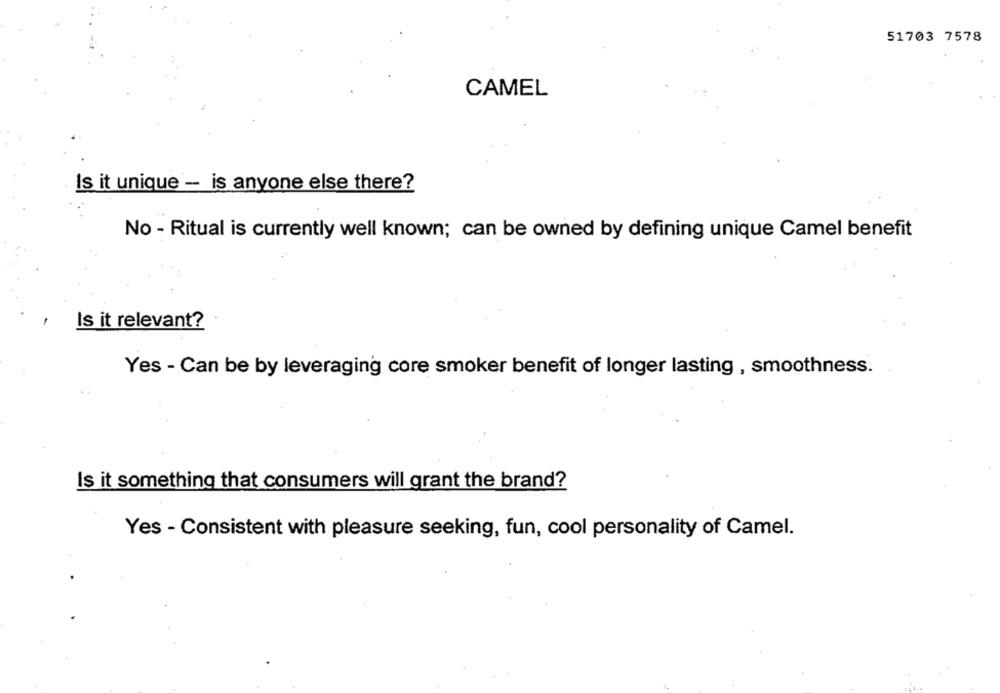
51703 7578
CAMEL
Is it unique - is anyone else there?
No - Ritual is currently well known; can be owned by defining unique Camel benefit
Is it relevant?
Yes - Can be by leveraging core smoker benefit of longer lasting , smoothness.
Is it something that consumers will grant the brand?
Yes - Consistent with pleasure seeking, fun, cool personality of Camel.